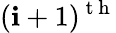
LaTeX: (\mathbf{i}+1)^{\mathrm{{~t~h~}}}